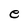
Character: e